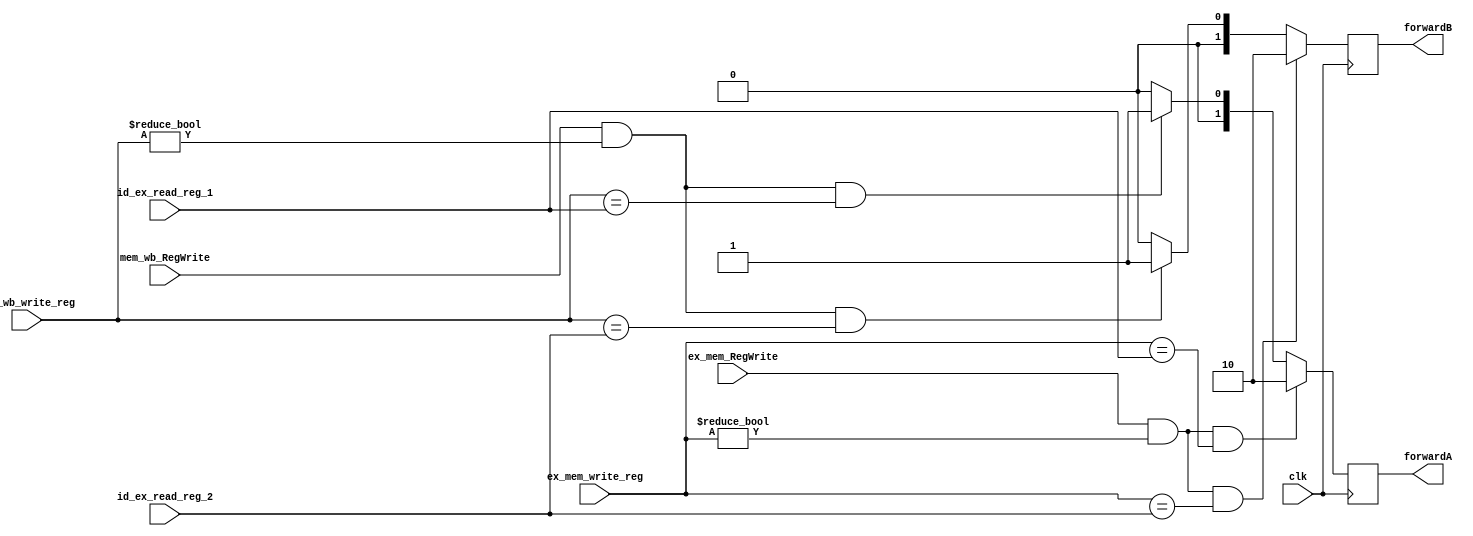
`timescale 1ns / 1ps

module forwarding_unit(

	input ex_mem_RegWrite, mem_wb_RegWrite, clk,
	input [4:0] id_ex_read_reg_1, id_ex_read_reg_2, ex_mem_write_reg, mem_wb_write_reg,
	output reg [1:0] forwardA, forwardB
	);
	
	always@ (negedge clk) begin
		if(ex_mem_RegWrite & (ex_mem_write_reg != 0) & (ex_mem_write_reg == id_ex_read_reg_1))
			forwardA <= 2'b10;
		else if(mem_wb_RegWrite & (mem_wb_write_reg != 0) & (mem_wb_write_reg == id_ex_read_reg_1))
			forwardA <= 2'b01;
		else
			forwardA <= 2'b00;
	end
	
	always@ (negedge clk) begin
		if(ex_mem_RegWrite & (ex_mem_write_reg != 0) & (ex_mem_write_reg == id_ex_read_reg_2))
			forwardB <= 2'b10;
		else if(mem_wb_RegWrite & (mem_wb_write_reg != 0) & (mem_wb_write_reg == id_ex_read_reg_2))
			forwardB <= 2'b01;
		else
			forwardB <= 2'b00;
	end
	

endmodule